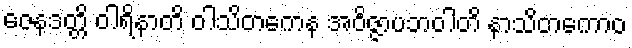
ဇေနဒတ္တိ ဝါရိနာတိ ဝါသိတကေန အဝိဇ္ဇာပဘဝါတိ နာသိတကောဝ